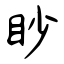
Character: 眇